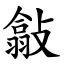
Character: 㪧